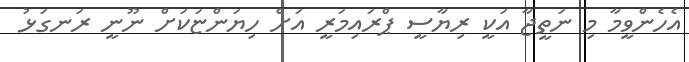
އެހެންވީމާ މި ނަތީޖާ އަކީ ރިޔާސީ ޕްރައިމަރީ އަށް ހިޔަންޏަކަށް ނޫނީ ރަނގަޅު